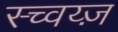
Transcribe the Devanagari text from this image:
स्च्वय्ज़